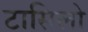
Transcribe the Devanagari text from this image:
टासिलो